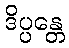
ဒိပ္ပန္တေ